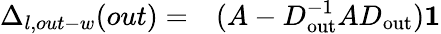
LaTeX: \begin{array}{rl}{\Delta_{l,out-w}(out)=}&{{}(A-D_{\mathrm{out}}^{-1}AD_{\mathrm{out}})\mathbf{1}}\end{array}